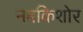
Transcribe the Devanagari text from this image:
नबकिशोर